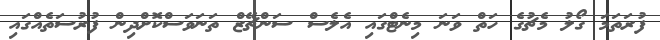
ފުރަތަމަ ގޯލު މެޗުގެ ހަތް ވަނަ މިނެޓްގައި އެލެސް ސަންޗޭޒް ތަނަވަސްކޮށްދިން ފުރުސަތެއްގައި